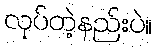
လုပ်တဲ့နည်းပဲ။